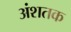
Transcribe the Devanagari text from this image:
अंशतक